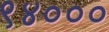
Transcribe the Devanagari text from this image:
९४०००